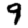
Digit: 9